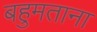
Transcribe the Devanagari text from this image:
बहुमताना